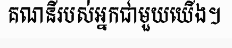
គណនីរបស់អ្នកជាមួយយើង។